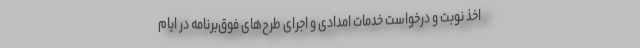
اخذ نوبت و درخواست خدمات امدادی و اجرای طرح‌های فوق‌برنامه در ایام